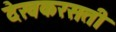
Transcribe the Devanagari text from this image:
देखकरसती